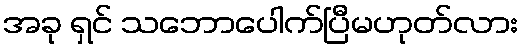
အခု ရှင် သဘောပေါက်ပြီမဟုတ်လား